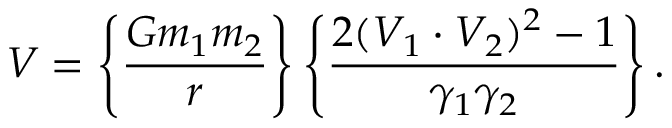
V = \left\{ { \frac { G m _ { 1 } m _ { 2 } } { r } } \right\} \left\{ { \frac { 2 ( V _ { 1 } \cdot V _ { 2 } ) ^ { 2 } - 1 } { \gamma _ { 1 } \gamma _ { 2 } } } \right\} .